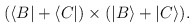
\begin{align*}(\langle B| + \langle C|) \times (|B\rangle + |C\rangle).\end{align*}